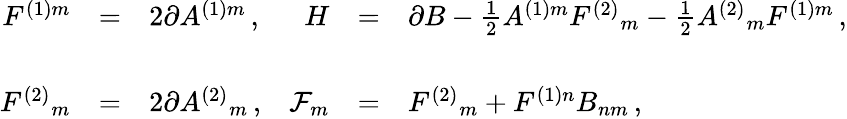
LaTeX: \begin{array}{rclrcl}{{F^{(1)m}}}&{{=}}&{{2\partial A^{(1)m}\, ,}}&{{H}}&{{=}}&{{\partial B-{\textstyle\frac{1}{2}}A^{(1)m}F^{(2)}{}_{m}-{\textstyle\frac{1}{2}}A^{(2)}{}_{m}F^{(1)m}\, ,}}\\ {{}}&{{}}&{{}}&{{}}&{{}}&{{}}\\ {{F^{(2)}{}_{m}}}&{{=}}&{{2\partial A^{(2)}{}_{m}\, ,}}&{{{\cal F}_{m}}}&{{=}}&{{F^{(2)}{}_{m}+F^{(1)n}B_{nm}\, ,}}\end{array}